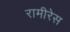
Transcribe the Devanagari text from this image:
रामीरेस